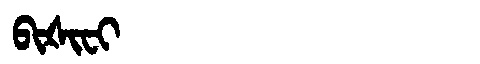
Manchu: ᠪᡳᡧᡳᠸᡳ
Romanization: BIŠIFI